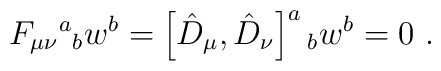
F_{\mu\nu}{}^{a}{}_{b}w^{b} = \left[\hat{D}_{\mu},\hat{D}_{\nu}	\right]^{a}{}_{b}w^{b} = 0 \ .